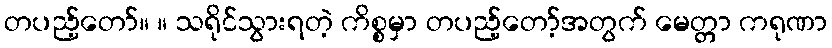
တပည့်တော်။ ။ သရိုင်သွားရတဲ့ ကိစ္စမှာ တပည့်တော့်အတွက် မေတ္တာ ကရုဏာ